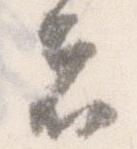
者